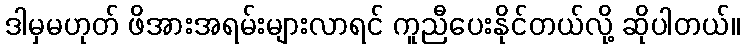
ဒါမှမဟုတ် ဖိအားအရမ်းများလာရင် ကူညီပေးနိုင်တယ်လို့ ဆိုပါတယ်။